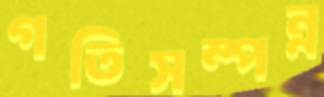
গতিসম্পন্ন